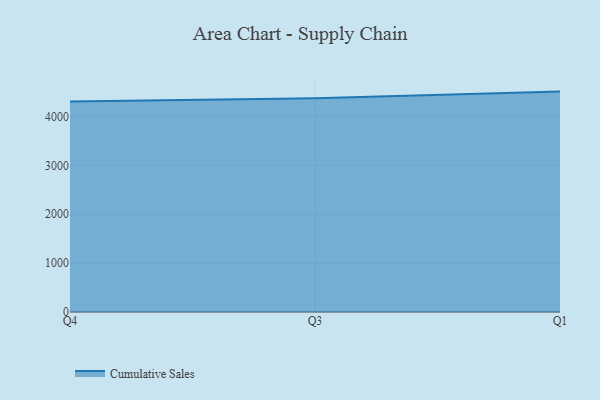
{"axis": {"x": "Quarter", "y": "Latency (ms)"}, "legend": ["Cumulative Sales"], "data": [{"x": "Q4", "y": 4309.7, "type": "Cumulative Sales"}, {"x": "Q3", "y": 4376.6, "type": "Cumulative Sales"}, {"x": "Q1", "y": 4510.8, "type": "Cumulative Sales"}]}